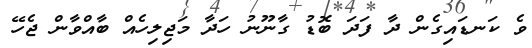
ވެ ކަނޑައިގެން ދާ ފަދަ ބޮޑު ގާނޫނު ހަދާ މަޖިލިހެއް ބާއްވާން ޖެހޭ